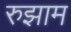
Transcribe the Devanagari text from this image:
रुझाम